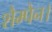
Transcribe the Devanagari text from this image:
शैम्पैन।